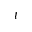
t